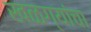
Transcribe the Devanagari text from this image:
खळग्यांचा